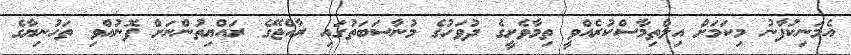
އެމަނިކުފާނު މިކަމަށް އިލްތިމާސްކުރެއްވީ ތިމާވެށީގެ ދުވަހުގެ މުނާސަބަތުގައި ރާއްޖޭގެ ރައްޔިތުންނަށް ފޮނުއްވި ތަހުނިޔާގެ